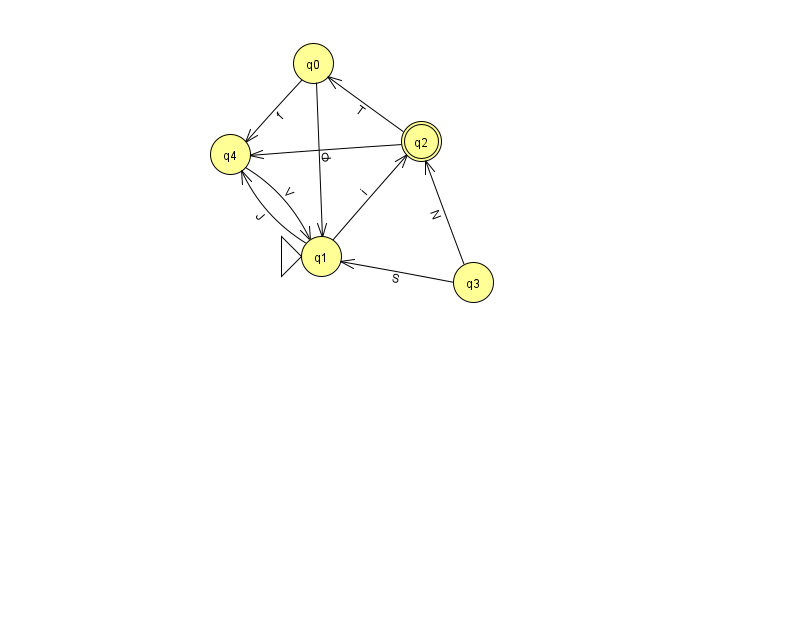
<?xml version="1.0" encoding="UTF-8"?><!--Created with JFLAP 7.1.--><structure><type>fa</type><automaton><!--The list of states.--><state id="0" name="q0"><x>313.0</x><y>50.0</y></state><state id="1" name="q1"><x>321.0</x><y>243.0</y><initial/></state><state id="2" name="q2"><x>421.0</x><y>128.0</y><final/></state><state id="3" name="q3"><x>473.0</x><y>269.0</y></state><state id="4" name="q4"><x>230.0</x><y>141.0</y></state><!--The list of transitions.--><transition><from>3</from><to>1</to><read>S</read></transition><transition><from>3</from><to>2</to><read>N</read></transition><transition><from>1</from><to>2</to><read>i</read></transition><transition><from>1</from><to>4</to><read>J</read></transition><transition><from>0</from><to>4</to><read>f</read></transition><transition><from>2</from><to>0</to><read>T</read></transition><transition><from>4</from><to>1</to><read>V</read></transition><transition><from>2</from><to>4</to><read>O</read></transition><transition><from>0</from><to>1</to><read>l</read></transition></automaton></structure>